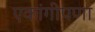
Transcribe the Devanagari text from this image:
एकांगीपणा